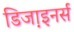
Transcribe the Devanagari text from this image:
डिजा़इनर्स